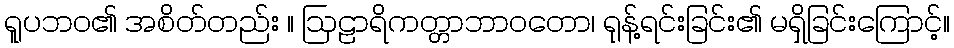
ရူပဘဝ၏ အစိတ်တည်း ။ ဩဠာရိကတ္တာဘာဝတော၊ ရုန့်ရင်းခြင်း၏ မရှိခြင်းကြောင့်။